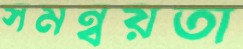
সমন্বয়তা